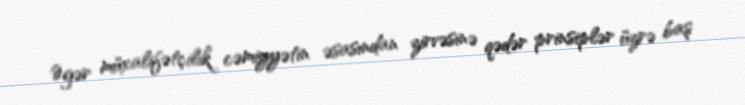
Əgər müxalifətçilik cəmiyyətin əsasından zirvəsinə qədər prinsiplər üzrə baş